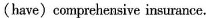
(have)comprehensive insurance.